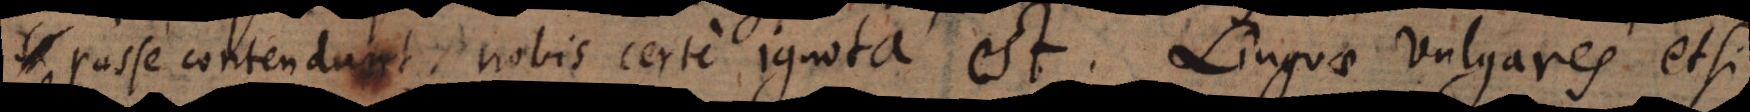
posse contendunt, nobis certe ignota est. Linguae vulgares etsi